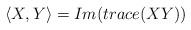
LaTeX: \begin{align*}\langle X,Y\rangle=Im(trace(XY))\end{align*}